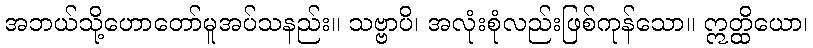
အဘယ်သို့ဟောတော်မူအပ်သနည်း။ သဗ္ဗာပိ၊ အလုံးစုံလည်းဖြစ်ကုန်သော။ ဣတ္ထိယော၊